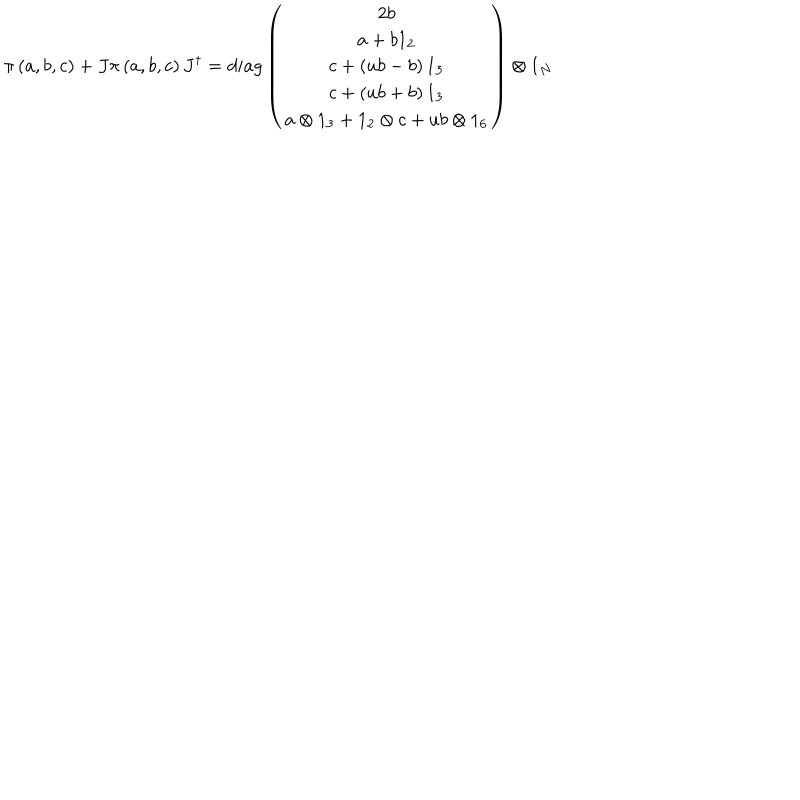
LaTeX: \pi \left( a , b , c \right) + J \pi \left( a , b , c \right) J ^ { \dagger } = d i a g \left( \begin{array} { c } { { 2 b } } \\ { { a + b 1 _ { 2 } } } \\ { { c + \left( u b - b \right) 1 _ { 3 } } } \\ { { c + \left( u b + b \right) 1 _ { 3 } } } \\ { { a \otimes 1 _ { 3 } + 1 _ { 2 } \otimes c + u b \otimes 1 _ { 6 } } } \\ \end{array} \right) \otimes 1 _ { N }